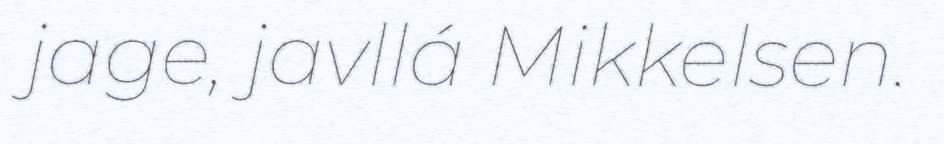
jage, javllá Mikkelsen.